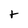
Character: t